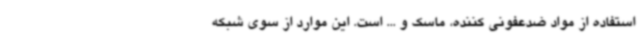
استفاده از مواد ضدعفونی کننده، ماسک و ... است. این موارد از سوی شبکه